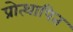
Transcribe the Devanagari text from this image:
प्रोत्थापित